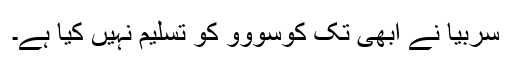
سربيا نے ابھی تک کوسووو کو تسليم نہيں کيا ہے۔